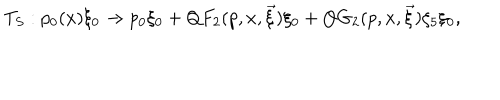
T _ { S } : p _ { 0 } ( x ) \xi _ { 0 } \rightarrow p _ { 0 } \xi _ { 0 } + Q F _ { 2 } ( p , x , \vec { \xi } ) \xi _ { 0 } + Q G _ { 2 } ( p , x , \vec { \xi } ) \xi _ { 5 } \xi _ { 0 } ,